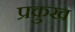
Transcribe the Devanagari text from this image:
प्रकुख